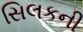
સિલકની